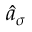
\hat { a } _ { \sigma }